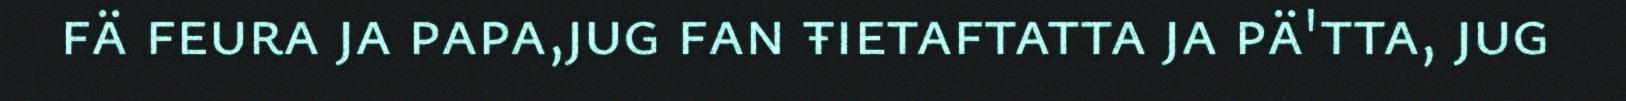
fä feura ja papa,jug fan ŧietaftatta ja pä'tta, jug